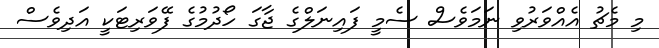
މި މެޗު އެއްވަރުވި ނަމަވެސް ސެމީ ފައިނަލްގެ ޖާގަ ހޯދުމުގެ ފޭވަރިޓަކީ އަދިވެސް